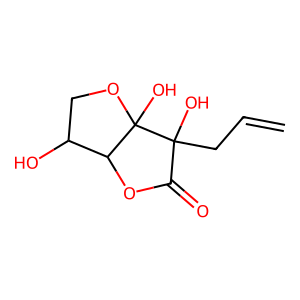
SMILES: C=CCC1(O)C(=O)OC2C(O)COC21O
Inhibits HIV replication: No